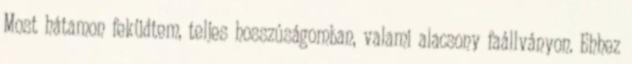
Most hátamon feküdtem, teljes hosszúságomban, valami alacsony faállványon. Ehhez